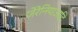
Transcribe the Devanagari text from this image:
जेरेनियाआदि